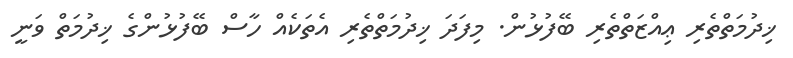
ޚިދުމަތްތެރި ޢިއްޒަތްތެރި ބޭފުޅުން. މިފަދަ ޚިދުމަތްތެރި އެތަކެއް ހާސް ބޭފުޅުންގެ ޚިދުމަތް ވަނީ